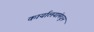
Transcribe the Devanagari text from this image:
कार्यालयांमधून